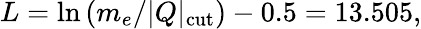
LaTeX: L=\ln{(m_{e}/\vert Q\vert_{\mathrm{cut}})}-0.5=13.505,